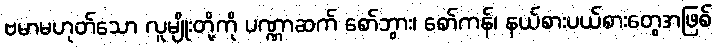
ဗမာမဟုတ်သော လူမျိုးတို့ကို ပဏ္ဏာဆက် စော်ဘွား၊ စော်ကန်၊ နယ်စားပယ်စားတွေအဖြစ်